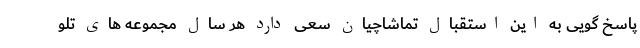
پاسخ گویی به این استقبال تماشاچیان سعی دارد هر سال مجموعه های تلو